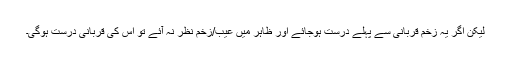
لیکن اگر یہ زخم قربانی سے پہلے درست ہوجائے اور ظاہر میں عیب/زخم نظر نہ آئے تو اس کی قربانی درست ہوگی۔